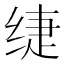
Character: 𰬡